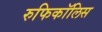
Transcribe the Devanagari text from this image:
रुफिकॉलिस